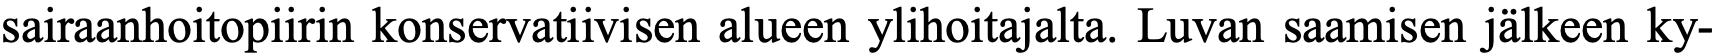
sairaanhoitopiirin konservatiivisen alueen ylihoitajalta. Luvan saamisen jälkeen ky-